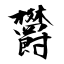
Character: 欝